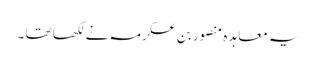
یہ معاہد ہ منصور بن عکرمہ نے لکھا تھا ۔